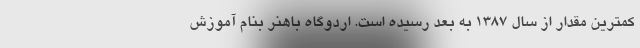
کمترین مقدار از سال ۱۳۸۷ به بعد رسیده است. اردوگاه باهنر بنام آموزش